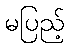
မပြည့်